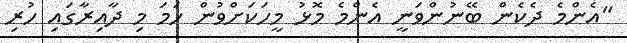
"އެންމެ ދެކެން ބޭނުންވަނީ އެންމެ މޮޅު މީހަކަށްވުން ހަމަ މި ދާއިރާގައި ހުރި